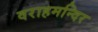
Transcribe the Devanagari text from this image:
वराहमन्दिर